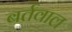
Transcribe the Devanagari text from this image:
बर्तवाल